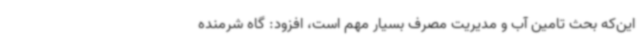
این‌که بحث تامین آب و مدیریت مصرف بسیار مهم است، افزود: گاه شرمنده